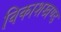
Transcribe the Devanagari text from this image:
विकाशखण्ड